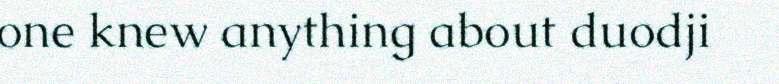
one knew anything about duodji